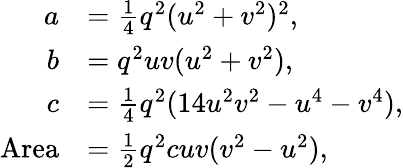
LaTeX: {\begin{array}{rl}{a}&{={\frac{1}{4}}q^{2}(u^{2}+v^{2})^{2},}\\ {b}&{=q^{2}uv(u^{2}+v^{2}),}\\ {c}&{={\frac{1}{4}}q^{2}(14u^{2}v^{2}-u^{4}-v^{4}),}\\ {{\mathrm{Area}}}&{={\frac{1}{2}}q^{2}cuv(v^{2}-u^{2}),}\end{array}}